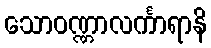
သောဝဏ္ဏာလင်္ကာရာနိ